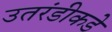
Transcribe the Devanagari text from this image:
उतरंडीकडे